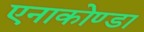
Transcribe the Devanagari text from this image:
एनाकोण्डा